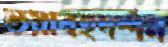
ভয়াবহদর্শন